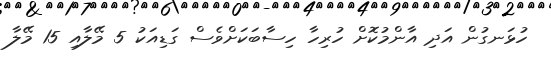
ހުޅަނގުން އަދި އާންމުކޮށް ހުރިހާ ހިސާބަކަށްވެސް ގަޑިއަކު 5 މޭލާއި 15 މޭލާ